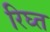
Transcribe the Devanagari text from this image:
रिघ्त